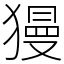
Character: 獌